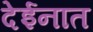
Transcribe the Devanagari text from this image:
देईनात